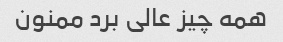
همه چیز عالى برد ممنون